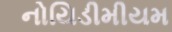
નોયિડીમીયમ